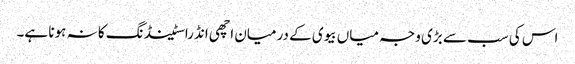
اس کی سب سے بڑی وجہ میاں بیوی کے درمیان اچھی انڈراسٹینڈنگ کا نہ ہونا ہے۔